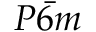
P \bar { 6 } m